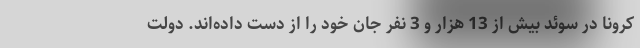
کرونا در سوئد بیش از 13 هزار و 3 نفر جان خود را از دست داده‌اند. دولت